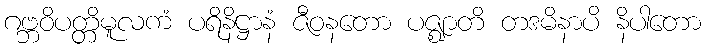
ဂဗ္ဘဝိပတ္တိမူလကံ ပရိနိဋ္ဌာနံ ဇီဝနတော ပဇ္ဈာတိ တဒမိနာပိ နိပါတော